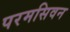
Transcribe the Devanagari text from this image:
परमसिवन